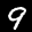
Label: 9